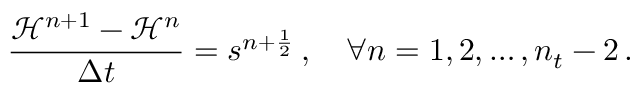
\frac { \mathcal H ^ { n + 1 } - \mathcal H ^ { n } } { \Delta t } = s ^ { n + \frac 1 2 } \, , \quad \forall n = 1 , 2 , \hdots , n _ { t } - 2 \, .